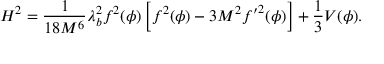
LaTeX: H ^ { 2 } = { \frac { 1 } { 1 8 M ^ { 6 } } } \lambda _ { b } ^ { 2 } f ^ { 2 } ( \phi ) \left[ f ^ { 2 } ( \phi ) - 3 M ^ { 2 } { f ^ { \prime } } ^ { 2 } ( \phi ) \right] + { \frac { 1 } { 3 } } V ( \phi ) .